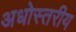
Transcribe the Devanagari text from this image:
अधोस्तरीय